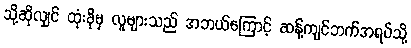
သို့ဆိုလျှင် ထုံးခိုမှ လူများသည် အဘယ်ကြောင့် ဆန့်ကျင်ဘက်အရပ်သို့